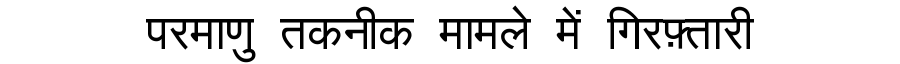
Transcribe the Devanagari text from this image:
परमाणु तकनीक मामले में गिरफ़्तारी